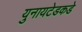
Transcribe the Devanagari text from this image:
युनायटेडकडे